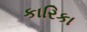
કારિકા